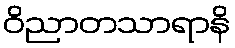
ဝိညာတသာရာနိ